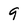
Character: 9